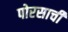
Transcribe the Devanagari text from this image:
पोरसाची